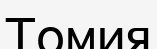
Томия